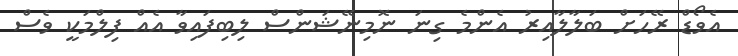
އެވޯޑް ރޭހަށް ބަލާލާއިރު އެންމެ ގިނަ ނޮމިނޭޝަންސް ލިބިފައިވާ އެއް ފިލްމަކީ ވެސް